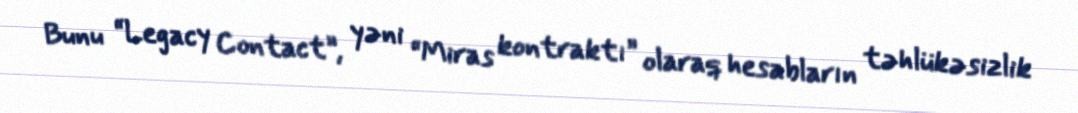
Bunu “Legacy Contact”, yəni “Miras kontraktı” olaraq hesabların təhlükəsizlik